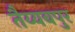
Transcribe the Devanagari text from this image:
तैय्यबपुर